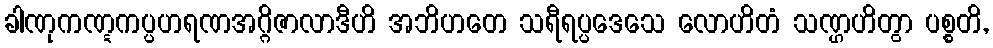
ခါဏုကဏ္ဋကပ္ပဟရဏအဂ္ဂိဇာလာဒီဟိ အဘိဟတေ သရီရပ္ပဒေသေ လောဟိတံ သဏ္ဌဟိတွာ ပစ္စတိ,